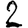
Digit: 2